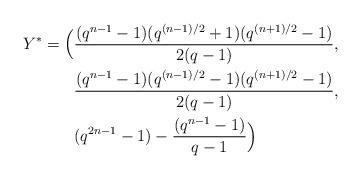
LaTeX: \begin{align*}Y^*=\Big( &\frac{(q^{n-1}-1)(q^{(n-1)/2}+1)(q^{(n+1)/2}-1)}{2(q-1)},\\&\frac{(q^{n-1}-1)(q^{(n-1)/2}-1)(q^{(n+1)/2}-1)}{2(q-1)},\\&(q^{2n-1}-1)-\frac{(q^{n-1}-1)}{q-1}\Big)\end{align*}